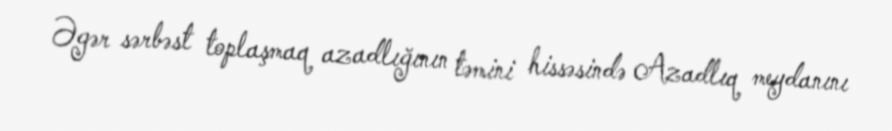
Əgər sərbəst toplaşmaq azadlığının təmini hissəsində Azadlıq meydanını